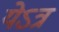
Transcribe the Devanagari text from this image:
येऽत्र